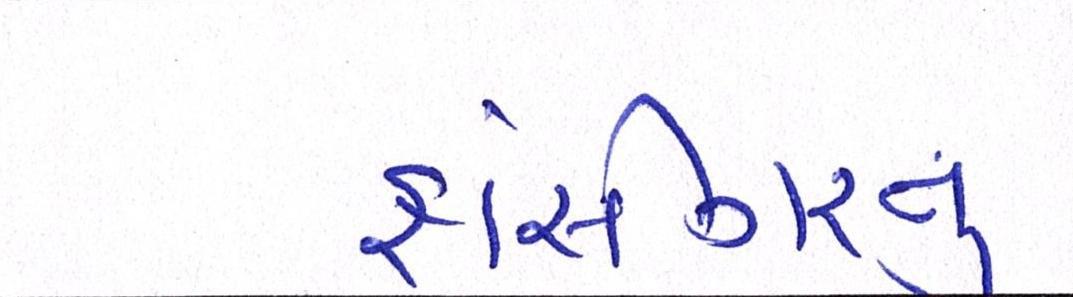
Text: ફાંસીગરનું